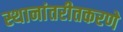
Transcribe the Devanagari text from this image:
स्थानांतरीतकरणे